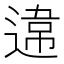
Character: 𨔻